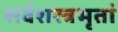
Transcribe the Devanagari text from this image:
सर्वशस्त्रभृतां